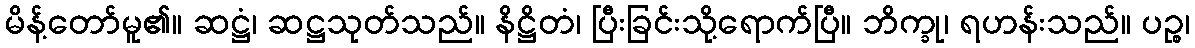
မိန့်တော်မူ၏။ ဆဋ္ဌံ၊ ဆဋ္ဌသုတ်သည်။ နိဋ္ဌိတံ၊ ပြီးခြင်းသို့ရောက်ပြီ။ ဘိက္ခု၊ ရဟန်းသည်။ ပဉ္စ၊